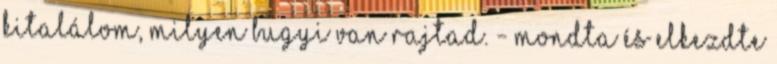
kitalálom, milyen bugyi van rajtad. - mondta és elkezdte